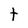
Character: t